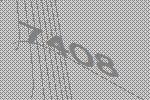
7408